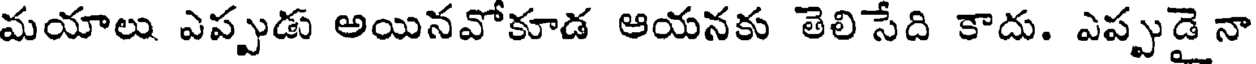
మయాలు ఎప్పుడు అయినవోకూడ ఆయనకు తెలిసేది కాదు. ఎప్పుడైనా